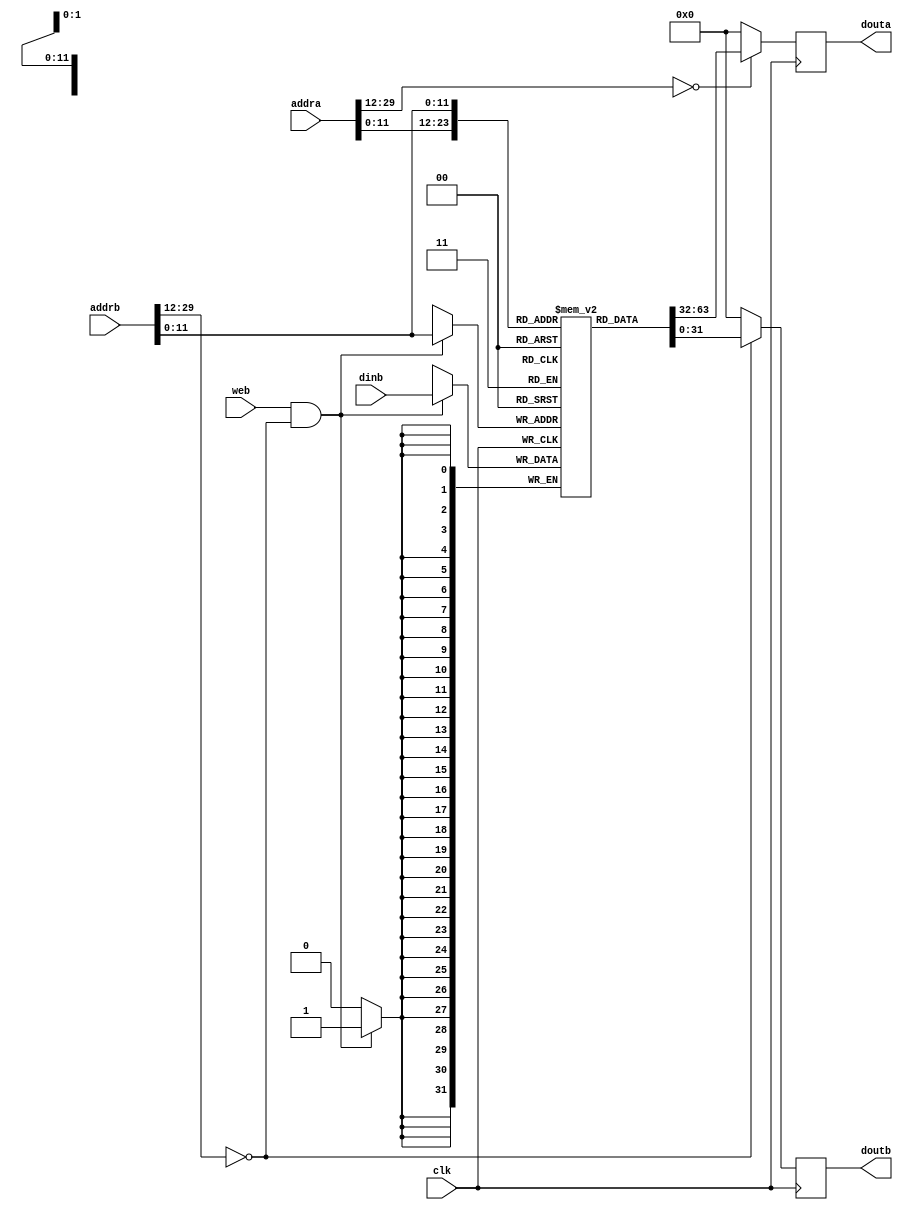
// asm file name: QuickSort.S
module InstructionCache_QS(
    input wire clk,
    input wire web,
    input wire [31:2] addra, addrb,
    input wire [31:0] dinb,
    output reg [31:0] douta, doutb
);

    // local variable
    wire addr_valid = (addra[31:14] == 18'h0);
    wire debug_addr_valid = (addrb[31:14] == 18'h0);
    wire [11:0] dealt_addr = addra[13:2];
    wire [11:0] dealt_debug_addr = addrb[13:2];
    // cache content
    reg [31:0] inst_cache[0:4095];


    initial begin
        douta = 32'h0;
        doutb = 32'h0;
        //main
        inst_cache[       0] = 32'h10004693;
        inst_cache[       1] = 32'h00001137;
        inst_cache[       2] = 32'h00004533;
        inst_cache[       3] = 32'h000045b3;
        inst_cache[       4] = 32'hfff68613;
        inst_cache[       5] = 32'h00261613;
        inst_cache[       6] = 32'h024000ef;//jal    ra  , QuickSort  
        inst_cache[       7] = 32'h00068293;
        inst_cache[       8] = 32'h00050313;
        inst_cache[       9] = 32'h00229293;
        inst_cache[      10] = 32'h00231313;//slli   t1, t1, 2
        inst_cache[      11] = 32'h00032383;//lw     t2, (t1)
        inst_cache[      12] = 32'h00430313;
        inst_cache[      13] = 32'hfe534ce3;
        inst_cache[      14] = 32'h0000006f;//jal   zero, infinity_loop
        inst_cache[      15] = 32'h0cc5da63;//bge    a1, a2, QuickSortReturn 
        inst_cache[      16] = 32'h0005e333;
        inst_cache[      17] = 32'h000663b3;
        inst_cache[      18] = 32'h006502b3;
        inst_cache[      19] = 32'h0002a283;
        inst_cache[      20] = 32'h04735263;// bge    t1, t2, PartationEnd 
        inst_cache[      21] = 32'h00750e33;
        inst_cache[      22] = 32'h000e2e03;
        inst_cache[      23] = 32'h005e4663;
        inst_cache[      24] = 32'hffc38393;
        inst_cache[      25] = 32'hfedff06f;//jal    zero, PartationFirstStart 
        inst_cache[      26] = 32'h00650eb3;//add    t4  , a0, t1
        inst_cache[      27] = 32'h01cea023;
        inst_cache[      28] = 32'h02735263;// bge    t1, t2, PartationEnd  
        inst_cache[      29] = 32'h00650e33;
        inst_cache[      30] = 32'h000e2e03;
        inst_cache[      31] = 32'h01c2c663;//blt    t0, t3, PartationSecondEnd
        inst_cache[      32] = 32'h00430313;
        inst_cache[      33] = 32'hfedff06f;//jal    zero, PartationSecondStart
        inst_cache[      34] = 32'h00750eb3;
        inst_cache[      35] = 32'h01cea023;
        inst_cache[      36] = 32'hfc7340e3;//blt    t1, t2, PartationStart  
        inst_cache[      37] = 32'h00650eb3;
        inst_cache[      38] = 32'h005ea023;
        inst_cache[      39] = 32'hffc10113;
        inst_cache[      40] = 32'h00112023;
        inst_cache[      41] = 32'hffc10113;
        inst_cache[      42] = 32'h00b12023;
        inst_cache[      43] = 32'hffc10113;
        inst_cache[      44] = 32'h00c12023;
        inst_cache[      45] = 32'hffc10113;
        inst_cache[      46] = 32'h00612023;
        inst_cache[      47] = 32'hffc30613;
        inst_cache[      48] = 32'hf7dff0ef;
        inst_cache[      49] = 32'h00012303;
        inst_cache[      50] = 32'h00410113;
        inst_cache[      51] = 32'h00012603;
        inst_cache[      52] = 32'h00410113;
        inst_cache[      53] = 32'h00012583;
        inst_cache[      54] = 32'hffc10113;
        inst_cache[      55] = 32'h00c12023;
        inst_cache[      56] = 32'hffc10113;
        inst_cache[      57] = 32'h00612023;
        inst_cache[      58] = 32'h00430593;
        inst_cache[      59] = 32'hf51ff0ef;
        inst_cache[      60] = 32'h00012303;
        inst_cache[      61] = 32'h00410113;
        inst_cache[      62] = 32'h00012603;
        inst_cache[      63] = 32'h00410113;
        inst_cache[      64] = 32'h00012583;
        inst_cache[      65] = 32'h00410113;
        inst_cache[      66] = 32'h00012083;
        inst_cache[      67] = 32'h00410113;
        inst_cache[      68] = 32'h00008067;
end

    always@(posedge clk)
    begin
        douta <= addr_valid ? inst_cache[dealt_addr] : 32'h0;
        doutb <= debug_addr_valid ? inst_cache[dealt_debug_addr] : 32'h0;
        if(web & debug_addr_valid) 
            inst_cache[dealt_debug_addr] <= dinb;
    end

endmodule